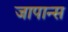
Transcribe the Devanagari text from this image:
जापान्स